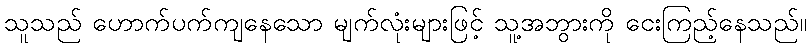
သူသည် ဟောက်ပက်ကျနေသော မျက်လုံးများဖြင့် သူ့အဘွားကို ငေးကြည့်နေသည်။